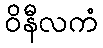
ဝိနီလကံ